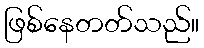
ဖြစ်နေတတ်သည်။